Salla_vallavalitsus, lk 23
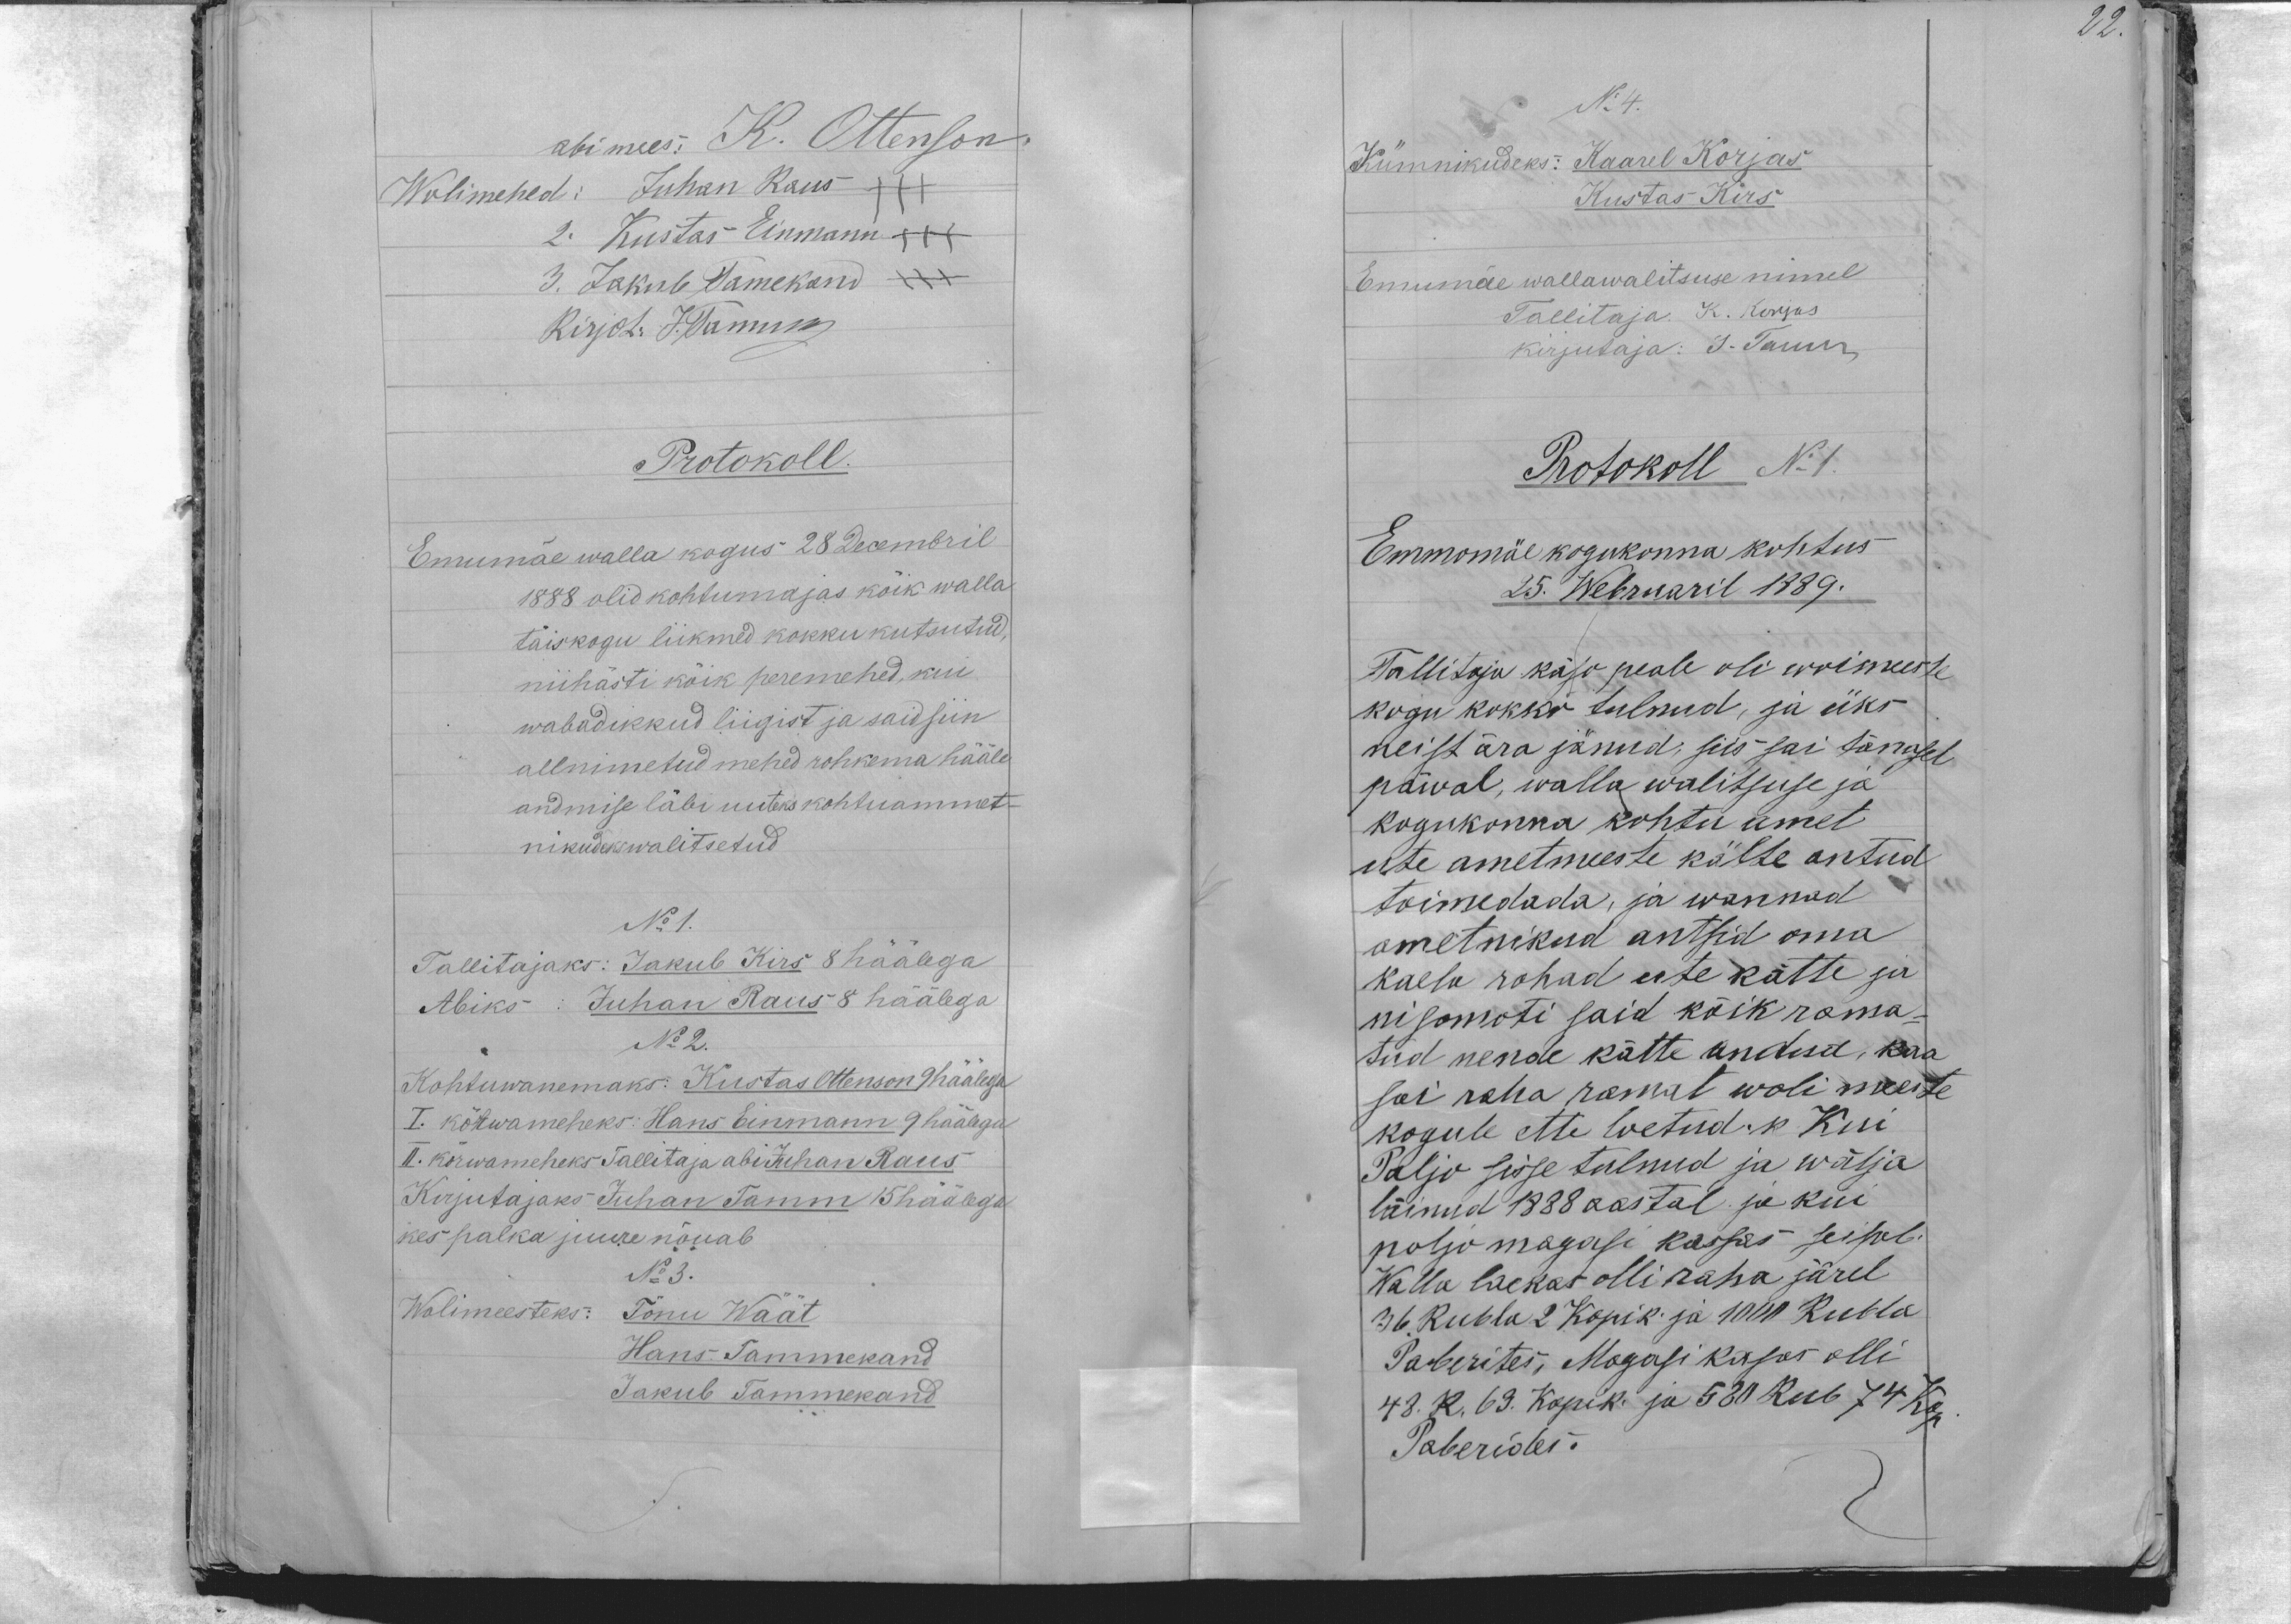
22

abimees: K. Ottenson.
Wolimehed: Juhan Raus +++
2. Kustas Einmann +++
3. Jakub Tamekand +++
Kirjot. J. Tamm
Protokoll.
Emumäe walla kogus 28 Decembril
1888 olid kohtumajas kõik walla
täiskogu liikmed kokku kutsutud,
niihästi kõik peremehed, kui
wabadikkud liigist ja said siin
allnimetud mehed rohkema hääle
andmise läbi uuteks kohtuamet-
nikudeks walitsetud
No 1.
Tallitajaks: Jakub Kirs 8 häälega
Abiks: Juhan Raus 8 häälega
No 2.
Kohtuwanemaks: Kustas Ottenson 9 häälega
I. kõrwameheks: Hans Einmann 9 häälega
II. kõrwameheks Tallitaja abi Juhan Raus
Kirjutajaks Juhan Tamm 15 häälega
kes palka juure nõuab
No 3.
Wolimeesteks: Tõnu Wäät
Hans Tammekand
Jakub Tammekand

N: 4.
Kümnikudeks: Kaarel Korjas
Kustas Kirs
Emumäe wallawalitsuse nimel
Tallitaja. K. Korjas
kirjutaja: J. Tamm
Protokoll No 1.
Emmomäe kogukonna kohtus
25. Webruaril 1889.
Tallitaja käso peale oli woimeeste
kogu kokko tulnud, ja üks
neist ära jänud, siis sai tänasel
päwal, walla walitsuse ja
kogukonna kohtu amet
ute ametmeeste kätte antud
toimedada, ja wannad
ametnikud antsid oma
kaelu rohad ute kätte ja
nisomoti said kõik rama-
tud nende kätte andud, kaa
sai raha ramat woli meeste
kogule ette loetud: k. Kui
Paljo sisse tulnud ja wälja
läinud 1888 aastal ja kui
paljo magasi kassas seisab.
Walla laekas olli raha järel
36 Rubla 2 Kopik. ja 1000 Rubla
Paberites, Magasi kassas olli
43. R. 69. Kopik. ja 580 Rub 74 Kop.
Paberides.